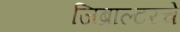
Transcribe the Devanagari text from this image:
जिब्राल्टरचे